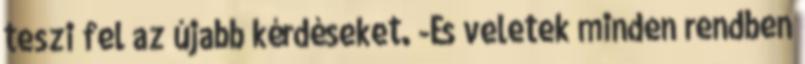
teszi fel az újabb kérdéseket. -És veletek minden rendben